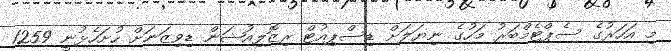
މި އަހަރުގެ ސެޕްޓެމްބަރު މަހުގެ ނިޔަލަށް ޑިސްޕިއުޓް ރިޒޮލިއުޝަން ޑިވިޒަނަށް ހުށަހެޅުނީ 1259